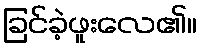
ခြင်ခဲ့ဖူးလေ၏။